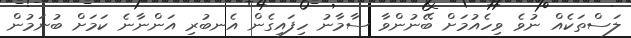
ލަސްތަކެއް ނުވެ ވިހެއުމަށް ބޭނުންވާ ސާމާނު ހިފައިގެން އެނބުރި އަންނާނެ ކަމަށް ބުނަމުން